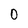
Character: 0